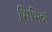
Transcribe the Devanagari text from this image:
भिभिन्न